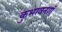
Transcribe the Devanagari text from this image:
कुभावनाएँ